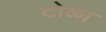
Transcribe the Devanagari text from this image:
टोळा